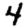
Digit: 4